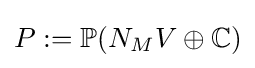
P:=\mathbb {P} (N_{M}V\oplus \mathbb {C} )